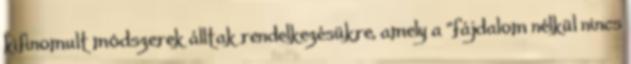
kifinomult módszerek álltak rendelkezésükre, amely a "fájdalom nélkül nincs